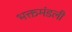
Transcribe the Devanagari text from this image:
भक्तमंडली